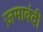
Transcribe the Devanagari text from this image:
ज़माबंदी